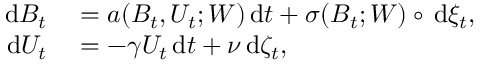
\begin{array} { r l } { \, \mathrm { d } B _ { t } } & { { } = a ( B _ { t } , U _ { t } ; W ) \, \mathrm { d } t + \sigma ( B _ { t } ; W ) \circ \, \mathrm { d } \xi _ { t } , } \\ { \, \mathrm { d } U _ { t } } & { { } = - \gamma U _ { t } \, \mathrm { d } t + \nu \, \mathrm { d } \zeta _ { t } , } \end{array}